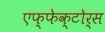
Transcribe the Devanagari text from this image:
एफ्फेक्टोर्स